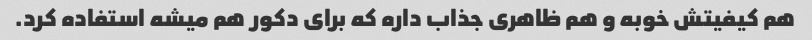
هم کیفیتش خوبه و هم ظاهری جذاب داره که برای دکور هم میشه استفاده کرد.